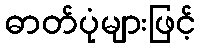
ဓာတ်ပုံများဖြင့်